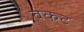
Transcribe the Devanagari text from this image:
वकट